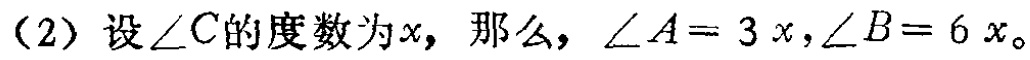
（2）设\(\angle C\)的度数为\(x\)，那么，\(\angle A = 3x\)，\(\angle B = 6x\)。